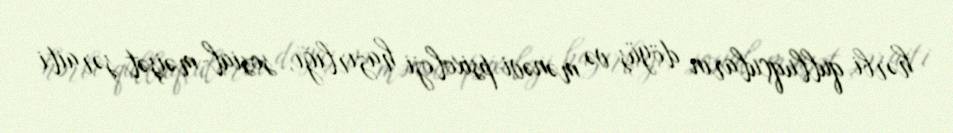
hərbi qulluqçuların döyüş və mənəvi-psixoloji hazırlığı, sosial-məişət şəraiti